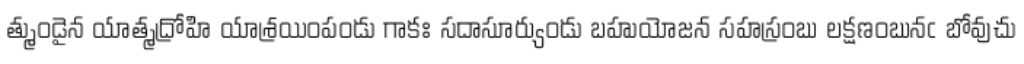
త్ముండైన యాత్మద్రోహి యాశ్రయింపండు గాకః సదాసూర్యుండు బహుయోజన సహస్రంబు లక్షణంబునఁ బోవుచు